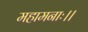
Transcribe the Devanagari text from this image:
महामनाः।।